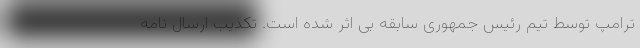
ترامپ توسط تیم رئیس جمهوری سابقه بی اثر شده است. تکذیب ارسال نامه